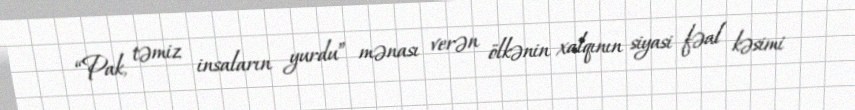
“Pak, təmiz insaların yurdu” mənası verən ölkənin xalqının siyasi fəal kəsimi